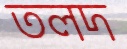
তলদ